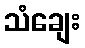
သံချေး